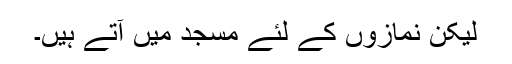
لیکن نمازوں کے لئے مسجد میں آتے ہیں۔